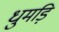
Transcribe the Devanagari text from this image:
धुमड़ि